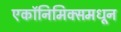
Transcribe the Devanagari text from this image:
एकॉनिमिक्समधून